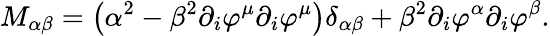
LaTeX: M_{\alpha\beta}=\left(\alpha^{2}-\beta^{2}\partial_{i}\varphi^{\mu}\partial_{i}\varphi^{\mu}\right)\delta_{\alpha\beta}+\beta^{2}\partial_{i}\varphi^{\alpha}\partial_{i}\varphi^{\beta}.